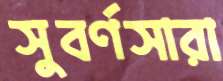
সুবর্ণসারা